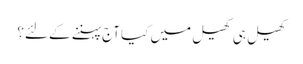
کھیل ہی کھیل میں کیا آج پہننے کے لئے؟